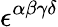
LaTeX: \epsilon^{\alpha\beta\gamma\delta}